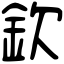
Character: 欽